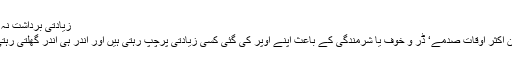
زیادتی برداشت نہ کریں
خواتین اکثر اوقات صدمے‘ ڈر و خوف یا شرمندگی کے باعث اپنے اوپر کی گئی کسی زیادتی پرچپ رہتی ہیں اور اندر ہی اندر گھلتی رہتی ہیں۔